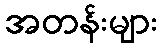
အတန်းများ